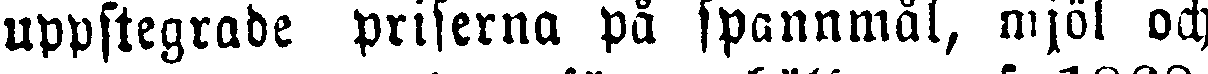
uppstegrade priserna på spannmål, mjöl och